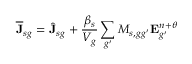
\overline { { \mathbf { J } } } _ { s g } = \widehat { \mathbf { J } } _ { s g } + \frac { \beta _ { s } } { V _ { g } } \sum _ { g ^ { \prime } } M _ { s , g g ^ { \prime } } \mathbf { E } _ { g ^ { \prime } } ^ { n + \theta }